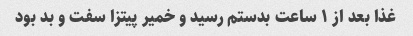
غذا بعد از ۱ ساعت بدستم رسید و خمیر پیتزا سفت و بد بود